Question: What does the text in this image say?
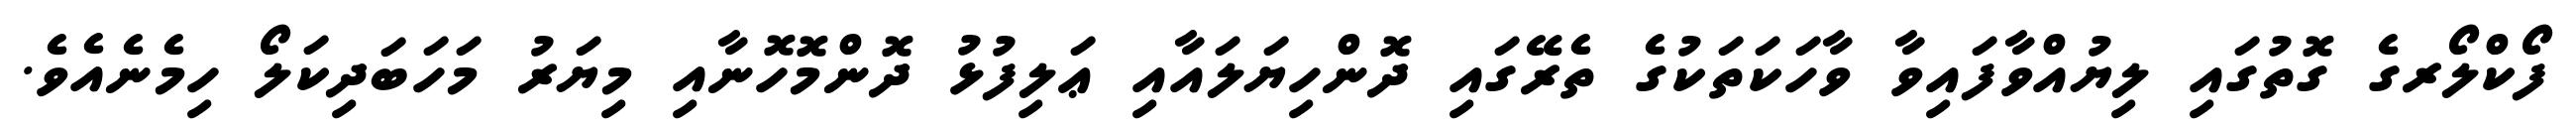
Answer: ފޯކްލޯރގެ ގޮތުގައި ލިޔުއްވާފައިވާ ވާހަކަތަކުގެ ތެރޭގައި ދޮންހިޔަލައާއި ޢަލިފުޅު ދޮންމޮހޮނާއި މިޔަރު މަހަބަދިކަލޯ ހިމެނެއެވެ.